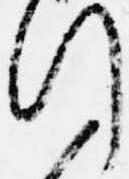
行